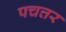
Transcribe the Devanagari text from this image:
पचत्तर